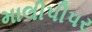
માલીપીપર